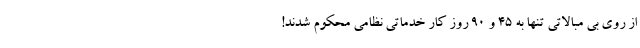
از روی بی مبالاتی تنها به 45 و 90 روز کار خدماتی نظامی محکوم شدند!